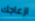
ازعاجك